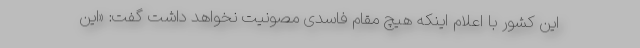
این کشور با اعلام اینکه هیچ مقام فاسدی مصونیت نخواهد داشت گفت: «این